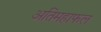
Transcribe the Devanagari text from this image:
अतिमहाफल